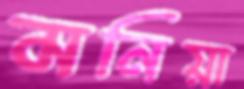
মনিয়া